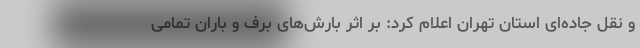
و نقل جاده‌ای استان تهران اعلام کرد: بر اثر بارش‌های برف و باران تمامی